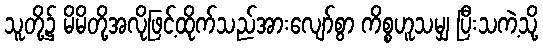
သူတို့၌ မိမိတို့အလိုဖြင့်ထိုက်သည်အားလျော်စွာ ကိစ္စဟူသမျှ ပြီးသကဲ့သို့